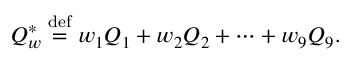
\boldsymbol { Q } _ { \boldsymbol { w } } ^ { * } \stackrel { \mathrm { d e f } } { = } w _ { 1 } \boldsymbol { Q } _ { 1 } + w _ { 2 } \boldsymbol { Q } _ { 2 } + \cdots + w _ { 9 } \boldsymbol { Q } _ { 9 } .